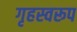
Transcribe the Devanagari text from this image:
गृहस्वरूप